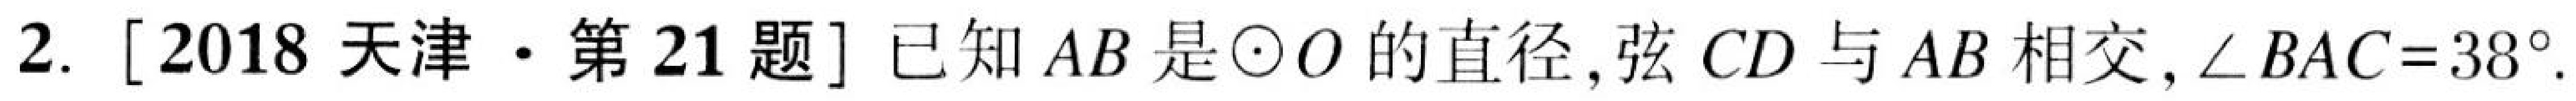
2. [2018天津·第21题] 已知\(AB\)是\(\odot O\)的直径,弦\(CD\)与\(AB\)相交,\(\angle BAC = 38^{\circ}\).